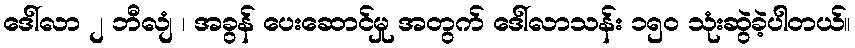
ဒေါ်လာ ၂ ဘီလျံ ၊ အခွန် ပေးဆောင်မှု အတွက် ဒေါ်လာသန်း ၁၅၀ သုံးဆွဲခဲ့ပါတယ်။